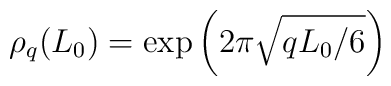
\rho_q(L_0)=\exp\left(2\pi\sqrt{q L_0/ 6}\right)